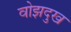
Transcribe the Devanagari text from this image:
वोझदुख